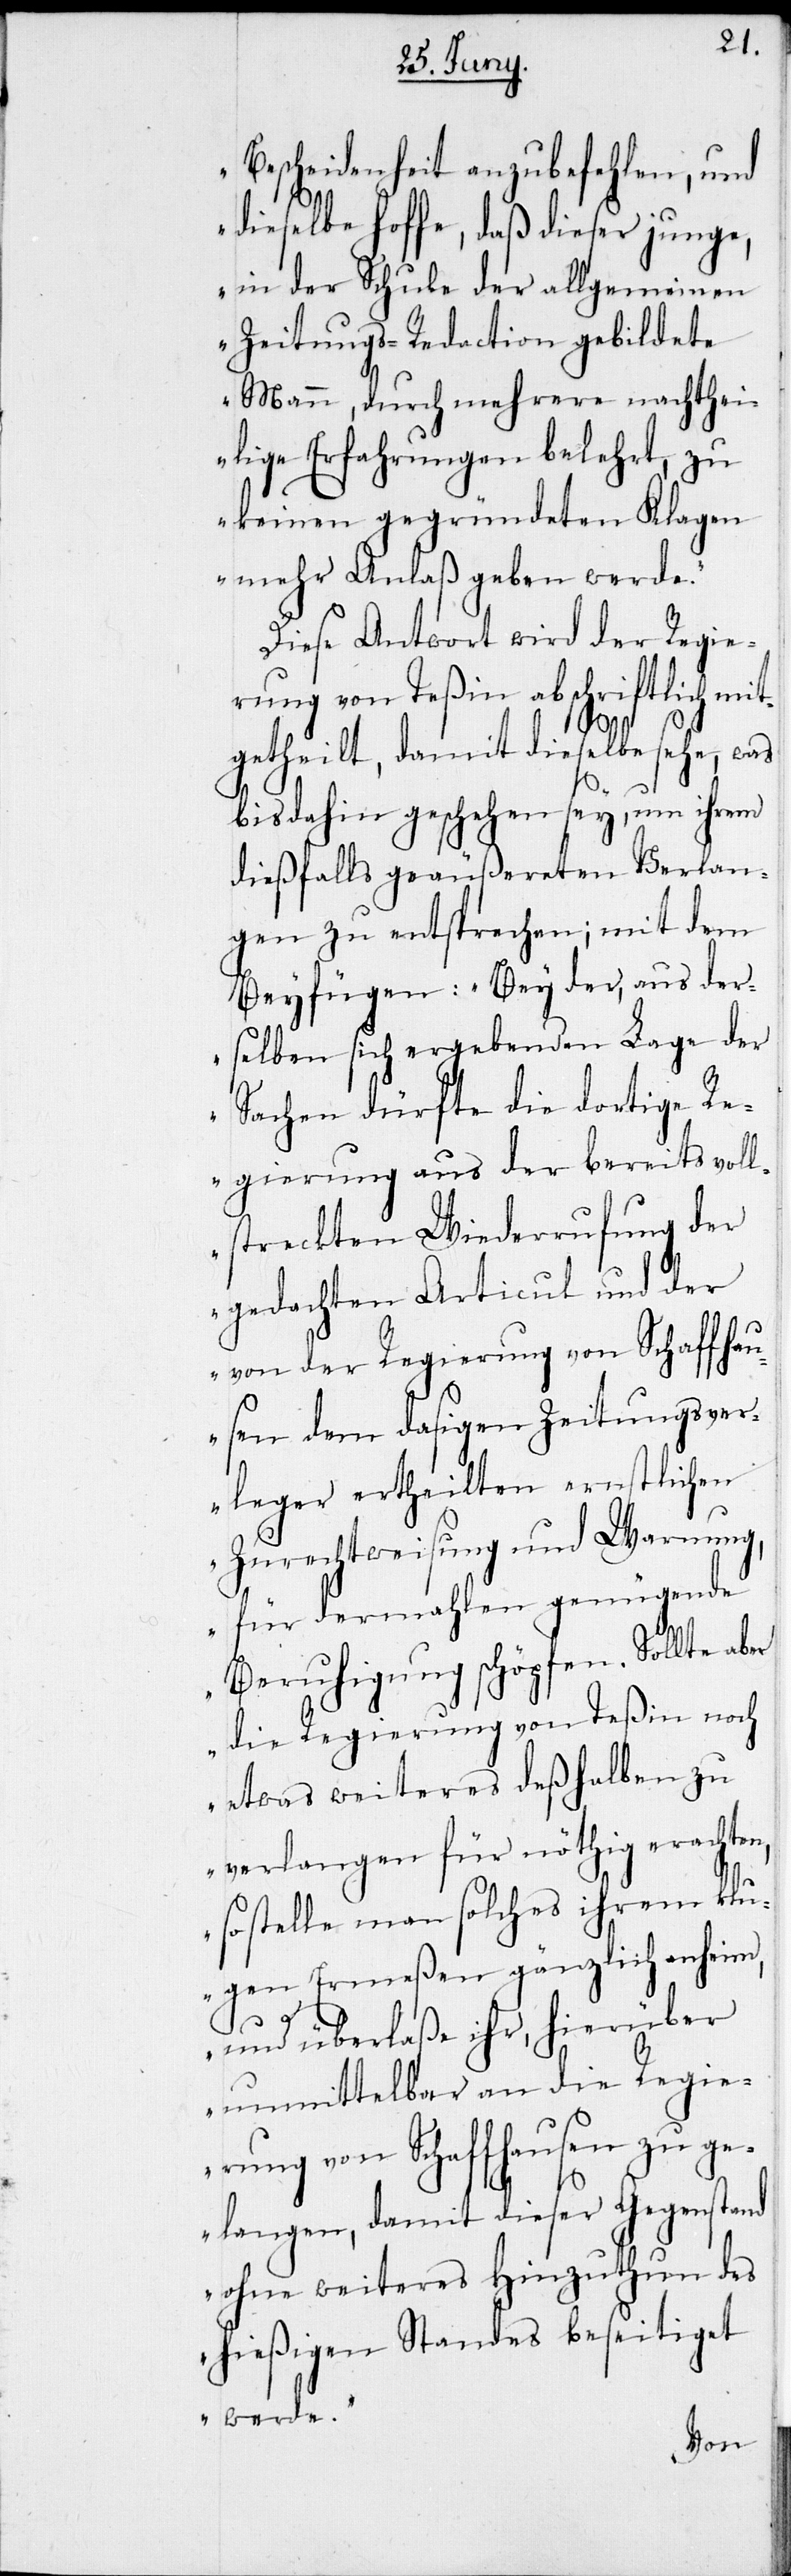
Bescheidenheit anzubefehlen, und
dieselbe hoffe, daß dieser junge,
in der Schule der allgemeinen
Zeitungs-Redaktion gebildete
achthe¬
Mann, durch mehrere
ilige Erfahrungen belehrt, zu
keinen gegründeten Klagen
mehr Anlaß geben werde.“
Diese Antwort wird der Regie¬
rung von Teßin abschriftlich mi¬
tgetheilt, damit dieselbe sehe,
bis dahin geschehen sey, um ihrem
dießfalls geäußereten Verlan¬
gen zu entsprechen; mit dem
Beyfügen: „Bey der, aus der¬
selben sich ergebenden Lage der
Sachen dürfte die dortige R¬
egierung aus der bereits vol¬
lstreckten Wiederrufung der
gedachten Articul und
Regi¬
von der Regierung v¬
r,
sen dem dasigen Ze¬
erleger ertheilten
Zurechtweisung und
für dermahlen
Beruhigung schö¬
die Regierung von
etwas weiteres de¬
verlangen für
so stelle man solches
gen Ermeßen
und überlaße ih¬
unmittelbar an die
n¬
erung von Schaffhausen
ngsv¬
gelangen, damit dieser
ohne weiteres Hinzuthun
hießigen Standes beseitiget
werde.“